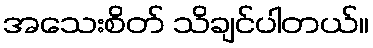
အသေးစိတ် သိချင်ပါတယ်။